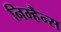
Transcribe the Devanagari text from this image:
निम्हैन्स